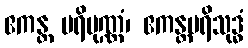
ဧကန္တ ပရိပုဏ္ဏံ၊ ဧကန္တပရိသုဒ္ဓံ